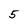
Character: 5